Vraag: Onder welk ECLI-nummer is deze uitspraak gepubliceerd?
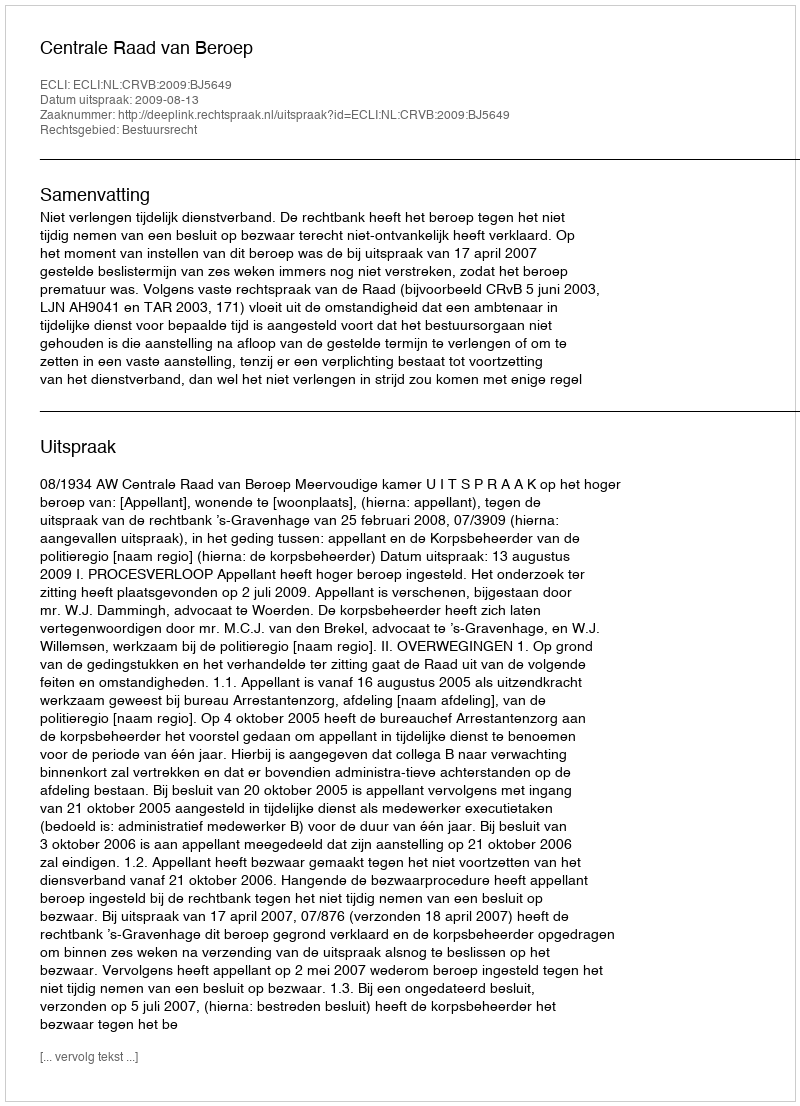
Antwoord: ECLI:NL:CRVB:2009:BJ5649